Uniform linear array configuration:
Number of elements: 24
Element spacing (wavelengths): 0.5
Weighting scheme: binomial
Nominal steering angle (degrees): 30
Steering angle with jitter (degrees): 29.248
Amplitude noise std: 0.05
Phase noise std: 0.05

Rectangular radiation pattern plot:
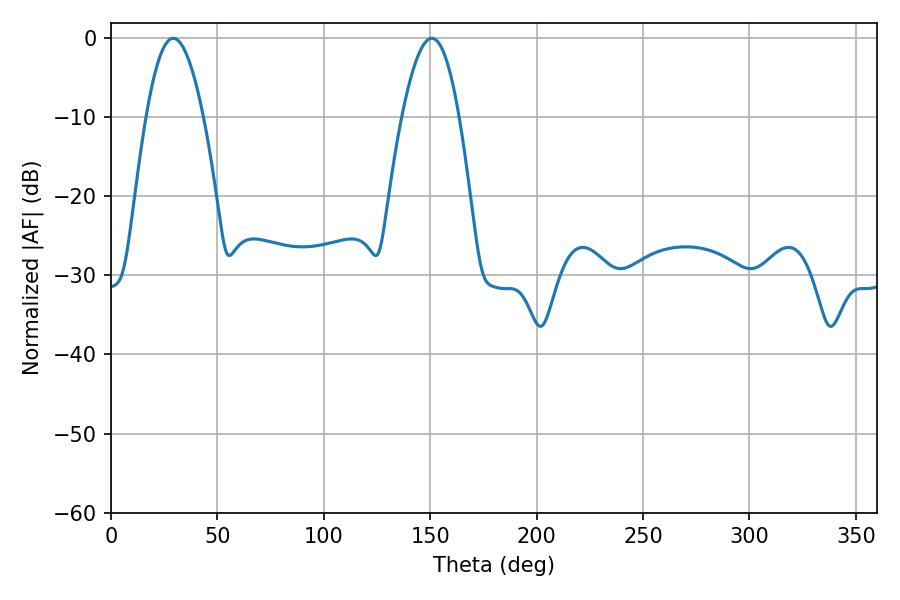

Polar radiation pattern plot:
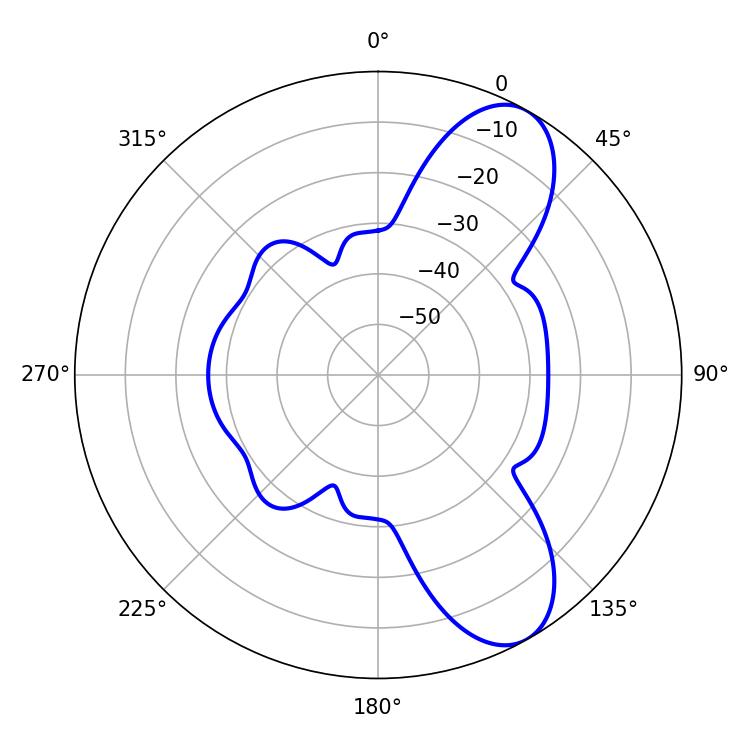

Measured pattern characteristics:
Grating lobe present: FALSE
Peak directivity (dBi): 8.69
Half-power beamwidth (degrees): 14.58
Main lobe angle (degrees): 29.34